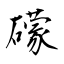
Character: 礞